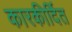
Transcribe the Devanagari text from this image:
कारकीर्दित